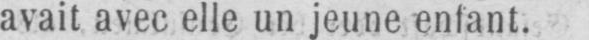
avait avec elle un jeune enfant.